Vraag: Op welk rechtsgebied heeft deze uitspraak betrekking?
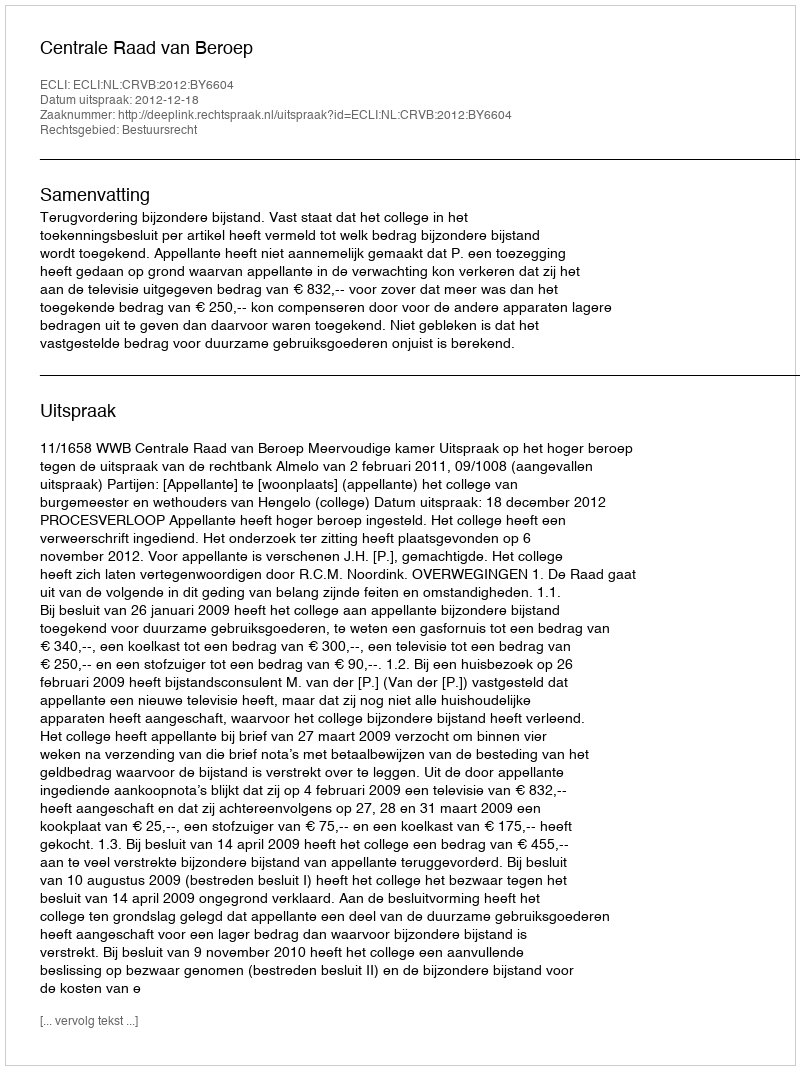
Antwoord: Bestuursrecht